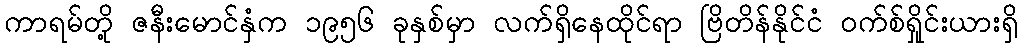
ကာရမ်တို့ ဇနီးမောင်နှံက ၁၉၅၆ ခုနှစ်မှာ လက်ရှိနေထိုင်ရာ ဗြိတိန်နိုင်ငံ ဝက်စ်ရှိုင်းယားရှိ